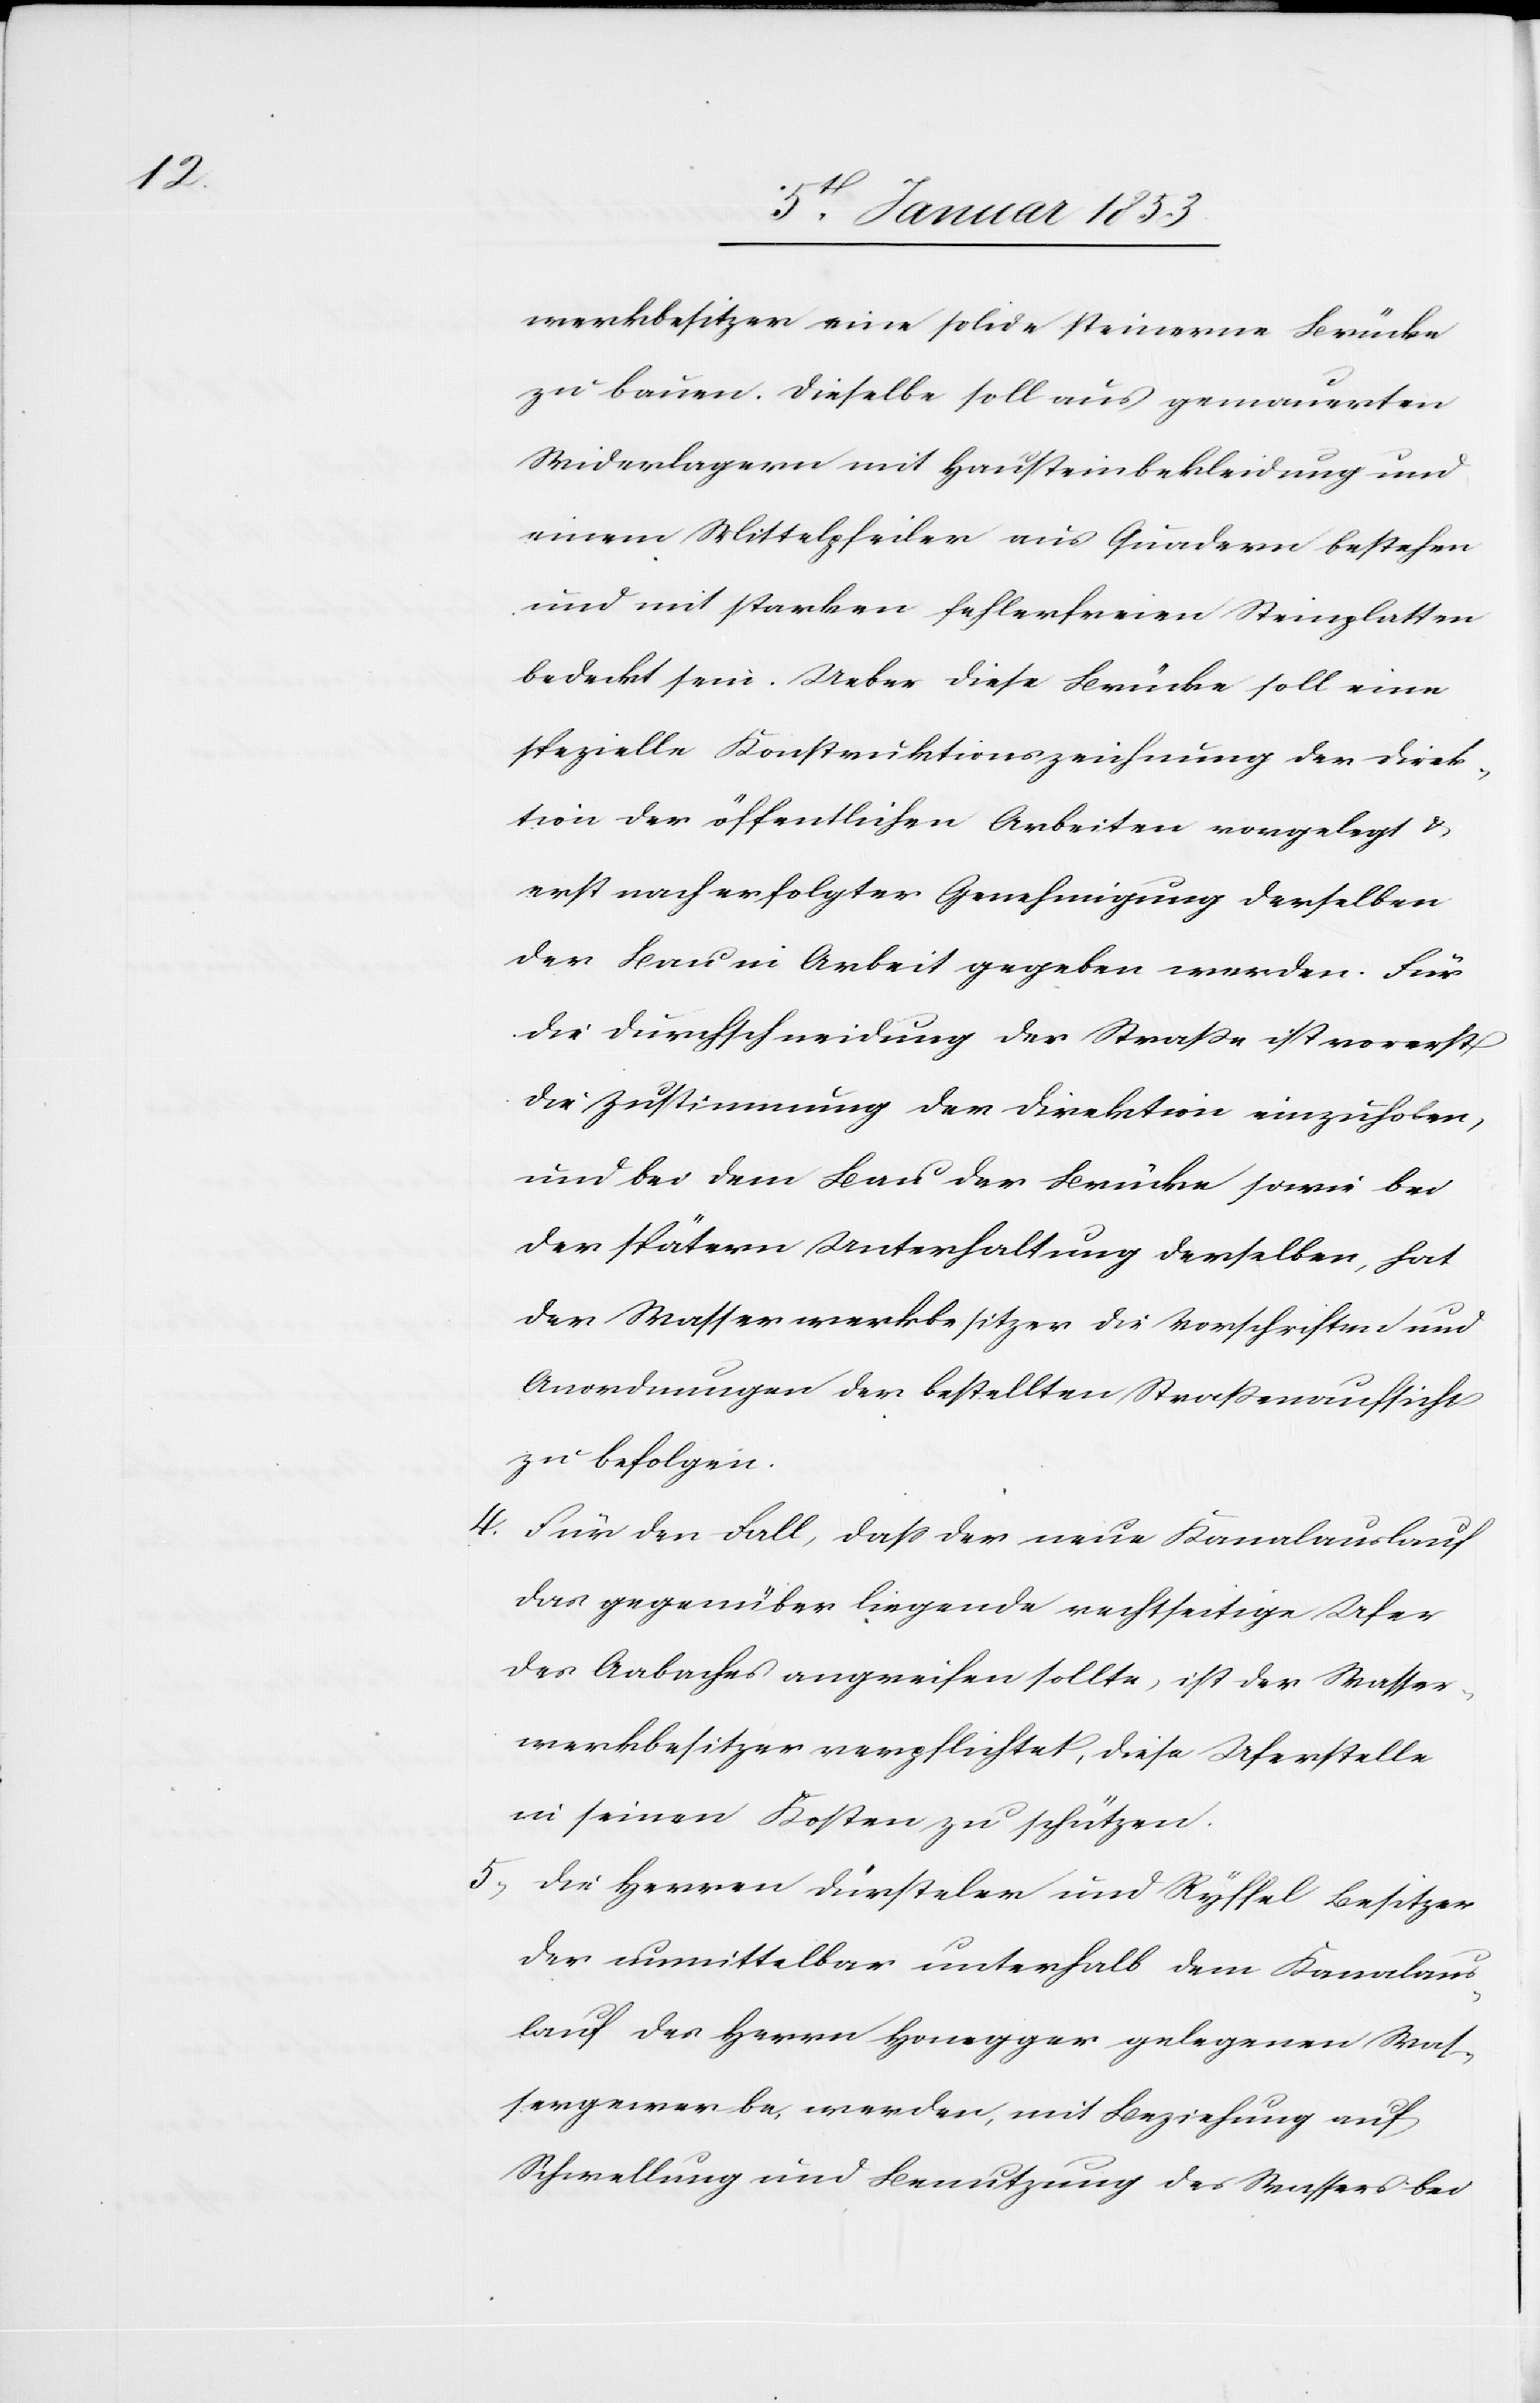
werkbesitzer eine solide steinerne Brücke
zu bauen. Dieselbe soll aus gemauerten
Widerlagern mit Hausteinbekleidung und
einem Mittelpfeiler aus Quadern bestehen
und mit starken fehlerfreien Steinplatten
bedeckt sein. Ueber diese Brücke soll eine
spezielle Konstruktionszeichnung der Direk¬
tion der öffentlichen Arbeiten vorgelegt u.
erst nach erfolgter Genehmigung derselben
der Bau in Arbeit gegeben werden. Für
die Durchschneidung der Straße ist vorerst
die Zustimmung der Direktion einzuholen,
und bei dem Bau der Brücke sowie bei
der spätern Unterhaltung derselben, hat
der Wasserwerkbesitzer die Vorschriften und
Anordnungen der bestellten Straßenaufsicht
zu befolgen.
4. Für den Fall, daß der neue Kanalauslauf
das gegenüber liegende rechtseitige Ufer
des Aabaches angreifen sollte, ist der Wasser¬
werkbesitzer verpflichtet, diese Uferstelle
in seinen Kosten zu schützen.
5. Die Herren Dürsteler und Ryffel Besitzer
der unmittelbar unterhalb dem Kanal¬
lauf des Herrn Honegger gelegenen Was¬
sergewerbe werden mit Beziehung auf
Schwellung und Benutzung des Wassers bei